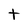
Character: t